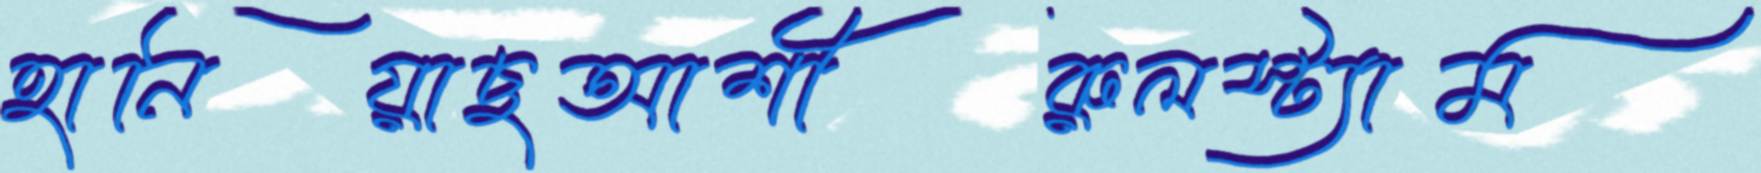
হানিয়াছআশীরুলস্ট্যাম